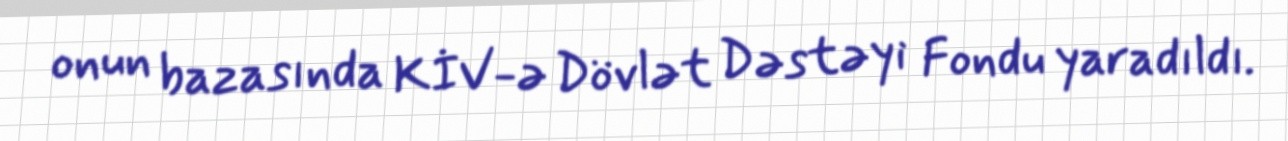
onun bazasında KİV-ə Dövlət Dəstəyi Fondu yaradıldı.